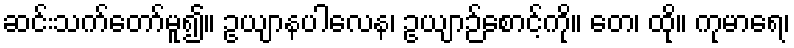
ဆင်းသက်တော်မူ၍။ ဥယျာနပါလေန၊ ဥယျာဉ်စောင့်ကို။ တေ၊ ထို။ ကုမာရေ၊